Leaving Certificate Examination (including Day School Certificate (Higher) General paper), 1937
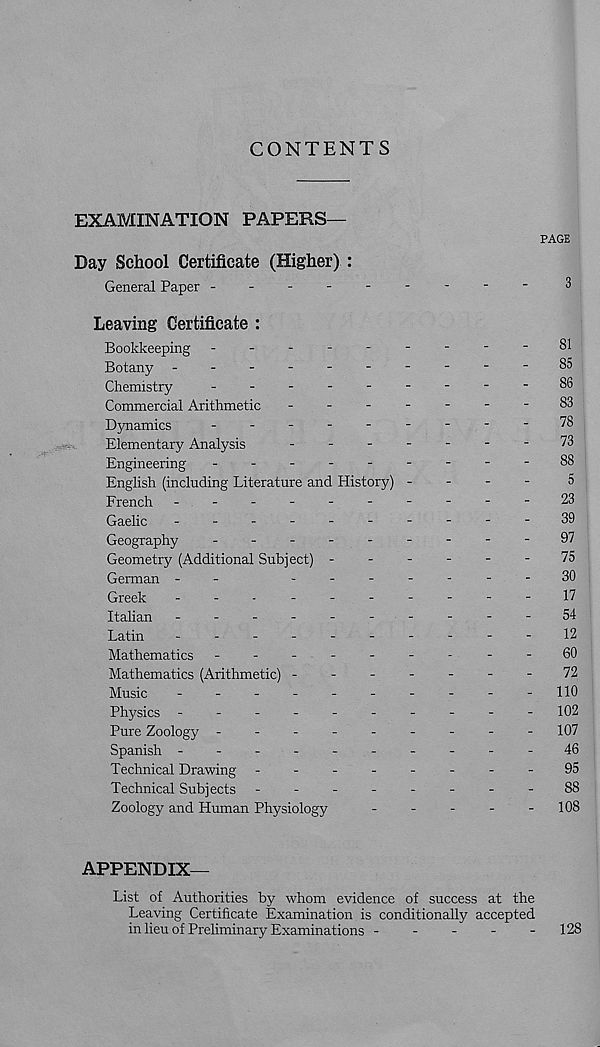
CONTENTS
EXAMINATION PAPERS—
PAGE
Day School Certificate (Higher) :
General Paper --------
-
3
Leaving Certificate :
Bookkeeping -
--
--
--
--81
Botany -
--
--
--
--
-85
Chemistry
-
--
--
--
--86
Commercial Arithmetic
-
--
--
--83
Dynamics
-
--
--
--
--78
Elementary Analysis
-
--
--
--73
Engineering
-
--
--
--
--88
English (including Literature and History) -
-
-
-
5
French ----------
23
Gaelic
-
--
--
--
--
-39
Geography
---------
91
Geometry (Additional Subject) ------
75
German --
-------30
Greek
-
-
-
-
--
--
--17
Italian -
--
--
--
--
-54
Latin
-
--
--
--
--
-12
Mathematics -
--
--
--
--60
Mathematics (Arithmetic) -------
72
Music
-
-
-
-
-
-
-
-
-
-110
Physics -
--
--
--
--
-
102
Pure Zoology -
--
--
--
--
107
Spanish ----------46
Technical Drawing --------
95
Technical Subjects -
--
--
--
-88
Zoology and Human Physiology
-
-
-
-
-
108
APPENDIX—
List of Authorities by whom evidence of success at the
Leaving Certificate Examination is conditionally accepted
in lieu of Preliminary Examinations -
-
-
-
-
128